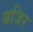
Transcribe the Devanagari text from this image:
बजिर